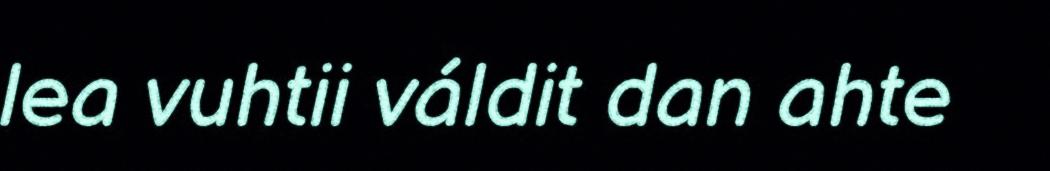
lea vuhtii váldit dan ahte